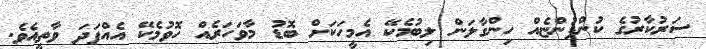
ސަރުކާރުގެ ކުންފުންޏެއް ހިންގާލަން ލިބުމެކޭ އެމީހަކަށް ބޮޑު މާވަހަރެއް ހޮވުމެކޭ އެއްފަދަ ވާތީއެވެ.